Vaccination report Assam 1896-1927 - 1896-1927
Year: 1896
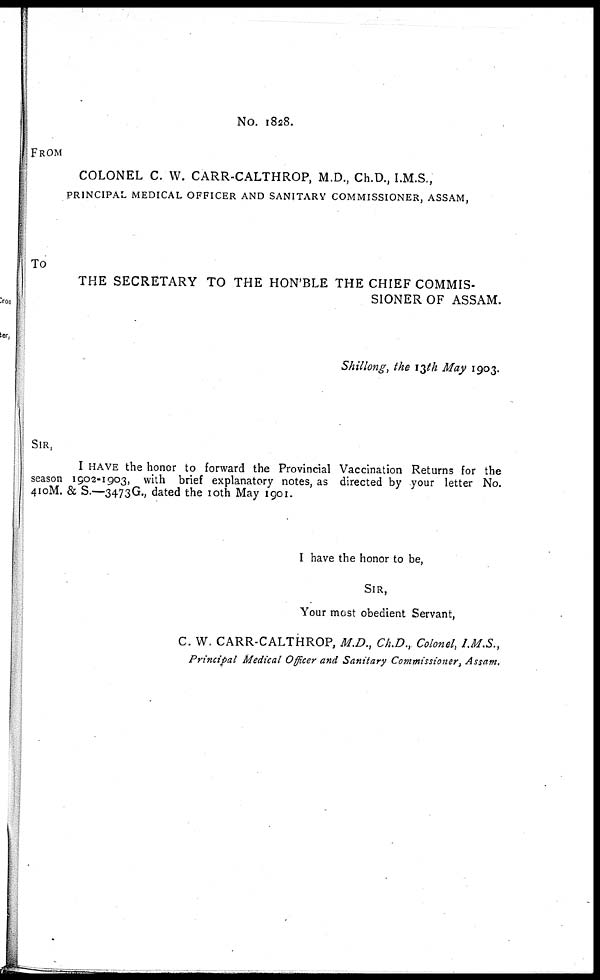
No. 1828.
FROM
COLONEL C. W. CARR-CALTHROP, M.D., Ch.D., I.M.S.,
PRINCIPAL MEDICAL OFFICER AND SANITARY COMMISSIONER, ASSAM,
To
THE SECRETARY TO THE HON'BLE THE CHIEF COMMIS-
SIONER OF ASSAM.
Shillong, the 13th May 1903.
SIR,
I HAVE the honor to forward the Provincial Vaccination Returns for the
season 1902-1903, with brief explanatory notes, as directed by your letter No.
410M. & S.—3473 G., dated the 10th May 1901.
I have the honor to be,
SIR,
Your most obedient Servant,
C. W. CARR-CALTHROP, M.D., Ch.D., Colonel, I.M.S.,
Principal Medical Officer and Sanitary Commissioner, Assam.